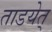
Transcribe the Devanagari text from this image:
ताडयेत्